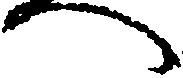
へ